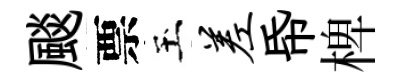
颷票玉差帋椑